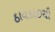
ઠાવકાઇથી